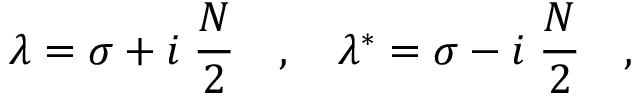
\lambda = \sigma + i \; \frac { N } { 2 } \quad , \quad \lambda ^ { * } = \sigma - i \; \frac { N } { 2 } \quad ,